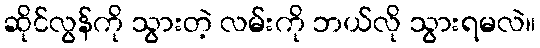
ဆိုင်လွန်ကို သွားတဲ့ လမ်းကို ဘယ်လို သွားရမလဲ။